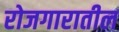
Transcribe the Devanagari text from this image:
रोजगारातील